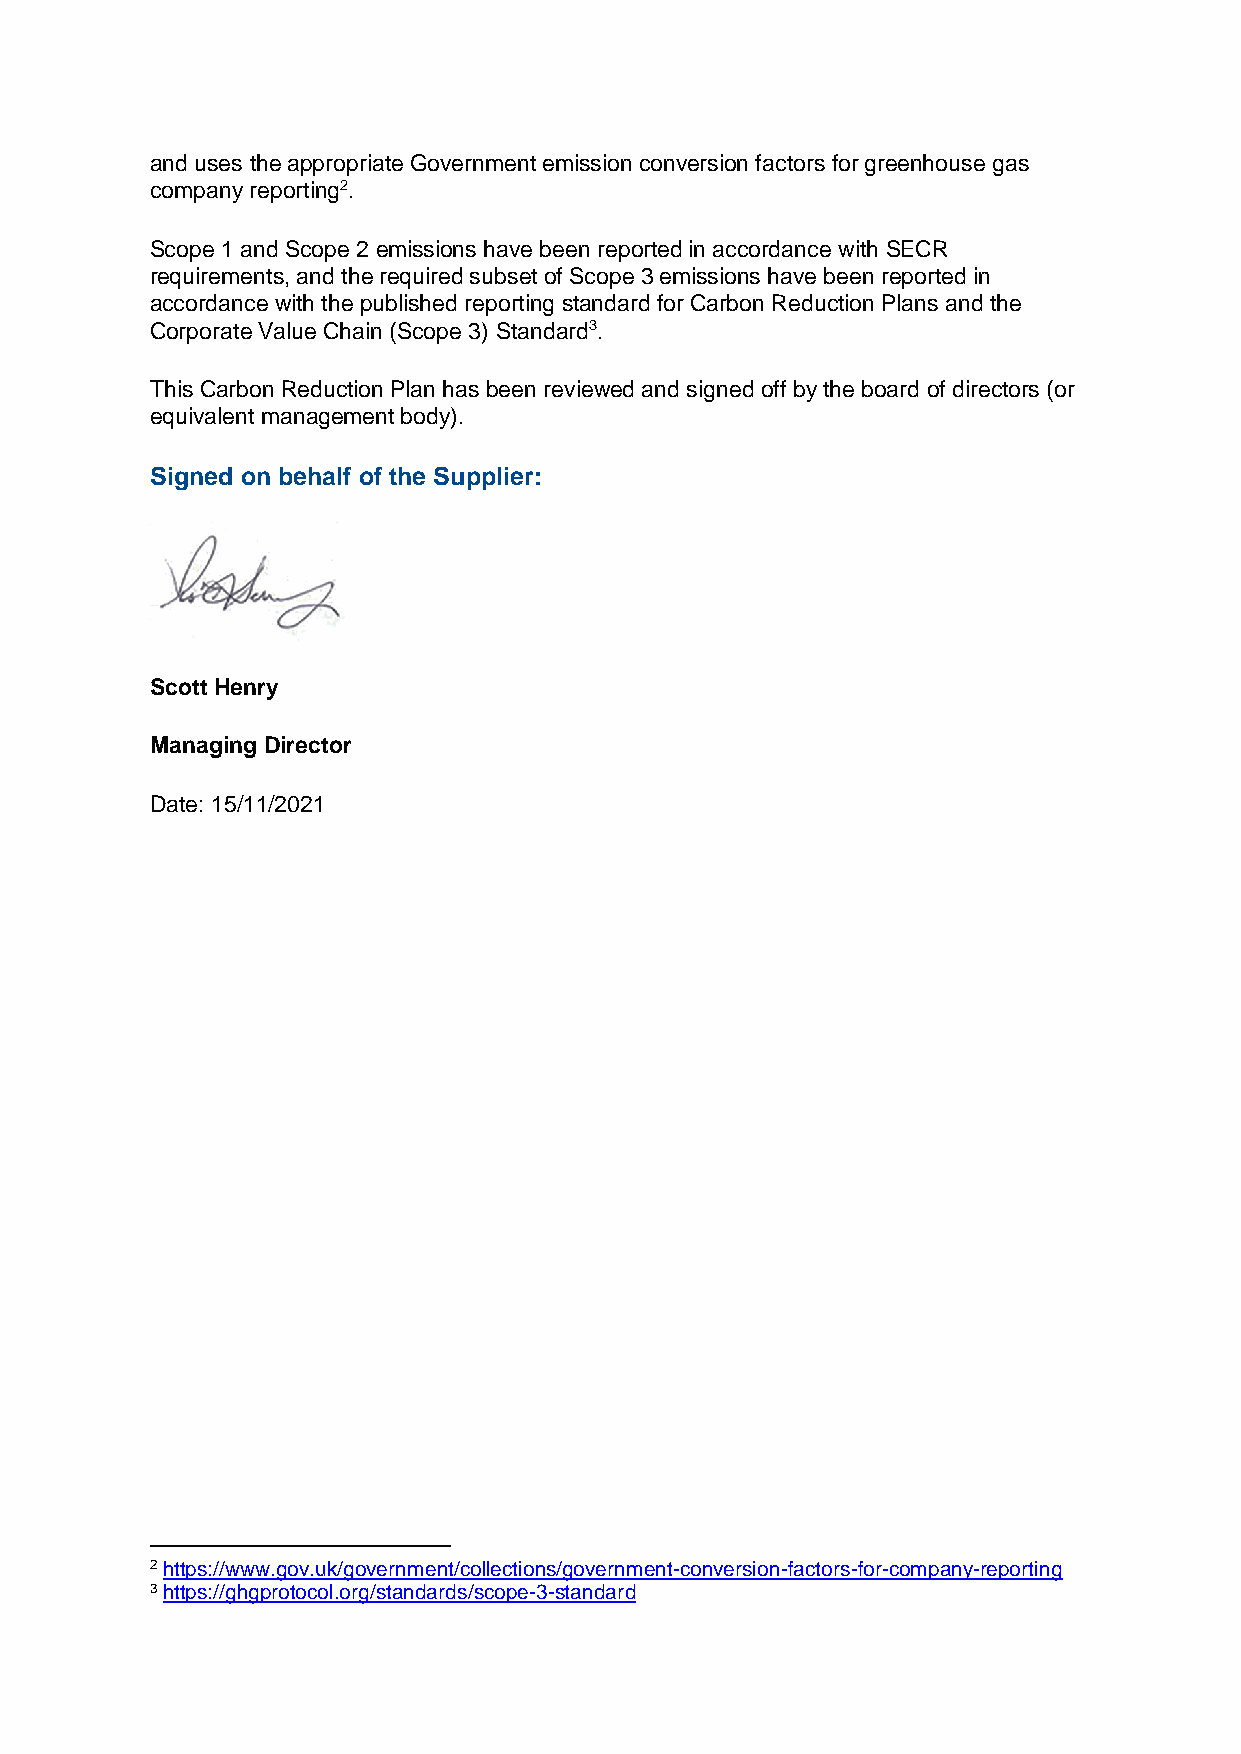
and uses the appropriate Government emission conversion factors for greenhouse gas
 company reporting2.
 Scope 1 and Scope 2 emissions have been reported in accordance with SECR
 requirements, and the required subset of Scope 3 emissions have been reported in
 accordance with the published reporting standard for Carbon Reduction Plans and the
 Corporate Value Chain (Scope 3) Standard3.
 This Carbon Reduction Plan has been reviewed and signed off by the board of directors (or
 equivalent management body).
 Signed on behalf of the Supplier:
 Scott Henry
 Managing Director
 Date: 15/11/2021
 2 https://www.gov.uk/government/collections/government-conversion-factors-for-company-reporting
 3 https://ghgprotocol.org/standards/scope-3-standard